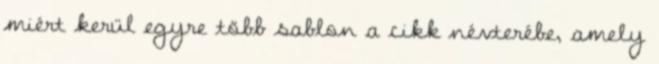
miért kerül egyre több sablon a cikk névterébe, amely